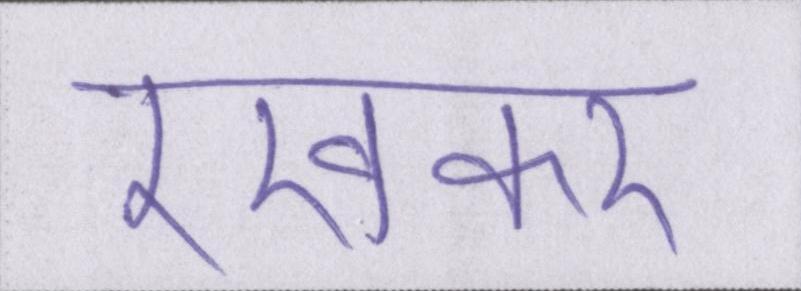
रखकर